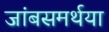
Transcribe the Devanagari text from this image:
जांबसमर्थया